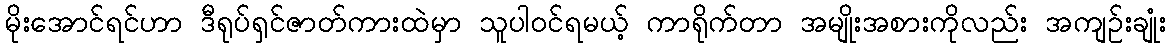
မိုးအောင်ရင်ဟာ ဒီရုပ်ရှင်ဇာတ်ကားထဲမှာ သူပါဝင်ရမယ့် ကာရိုက်တာ အမျိုးအစားကိုလည်း အကျဉ်းချုံး